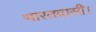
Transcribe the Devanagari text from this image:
भारतवासी।